Vaccination report Assam 1896-1927 - 1896-1927
Year: 1896
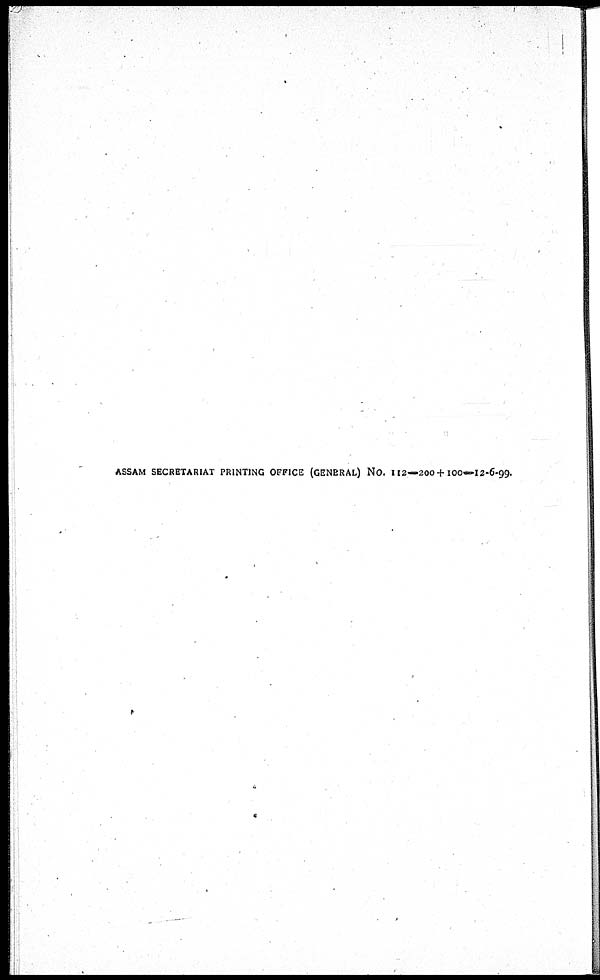
ASSAM SECRETARIAT PRINTING OFFICE (GENERAL) NO. 112—200+100—12-6-99.